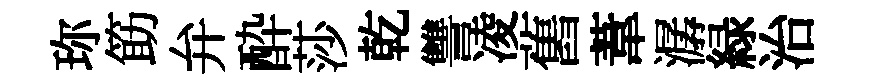
珎筯弁酔莎乾讐凌舊葦潺緑治